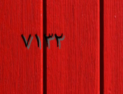
٧١٣٢